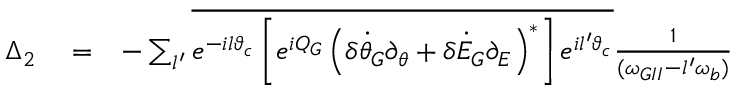
\begin{array} { r l r } { \Delta _ { 2 } } & { { } = } & { - \sum _ { l ^ { \prime } } \overline { { e ^ { - i l \vartheta _ { c } } \left[ e ^ { i Q _ { G } } \left( \delta \dot { \theta } _ { G } \partial _ { \theta } + \delta \dot { \cal E } _ { G } \partial _ { \cal E } \right) ^ { * } \right] e ^ { i l ^ { \prime } \vartheta _ { c } } } } \frac { 1 } { ( \omega _ { G I I } - l ^ { \prime } \omega _ { b } ) } } \end{array}